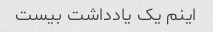
اینم یک یادداشت بیست